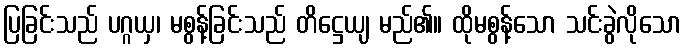
ပြခြင်းသည် ပဂ္ဂယှ၊ မစွန့်ခြင်းသည် တိဋ္ဌေယျ မည်၏။ ထိုမစွန့်သော သင်းခွဲလိုသော